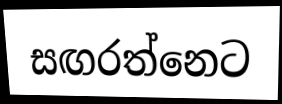
සඟරත්නෙට